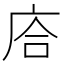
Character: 𢈈